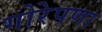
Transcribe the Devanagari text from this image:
गोरेपणा